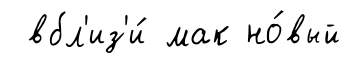
вбл'из'и́ мак но́вый